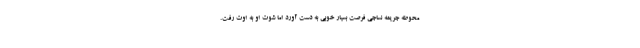
محوطه جریمه نساجی فرصت بسیار خوبی به دست آورد اما شوت او به اوت رفت.